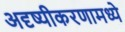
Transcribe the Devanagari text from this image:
अदृष्यीकरणामध्ये